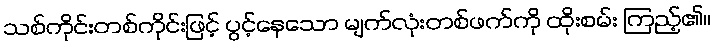
သစ်ကိုင်းတစ်ကိုင်းဖြင့် ပွင့်နေသော မျက်လုံးတစ်ဖက်ကို ထိုးစမ်း ကြည့်၏။